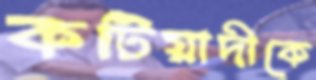
কটিয়াদীকে